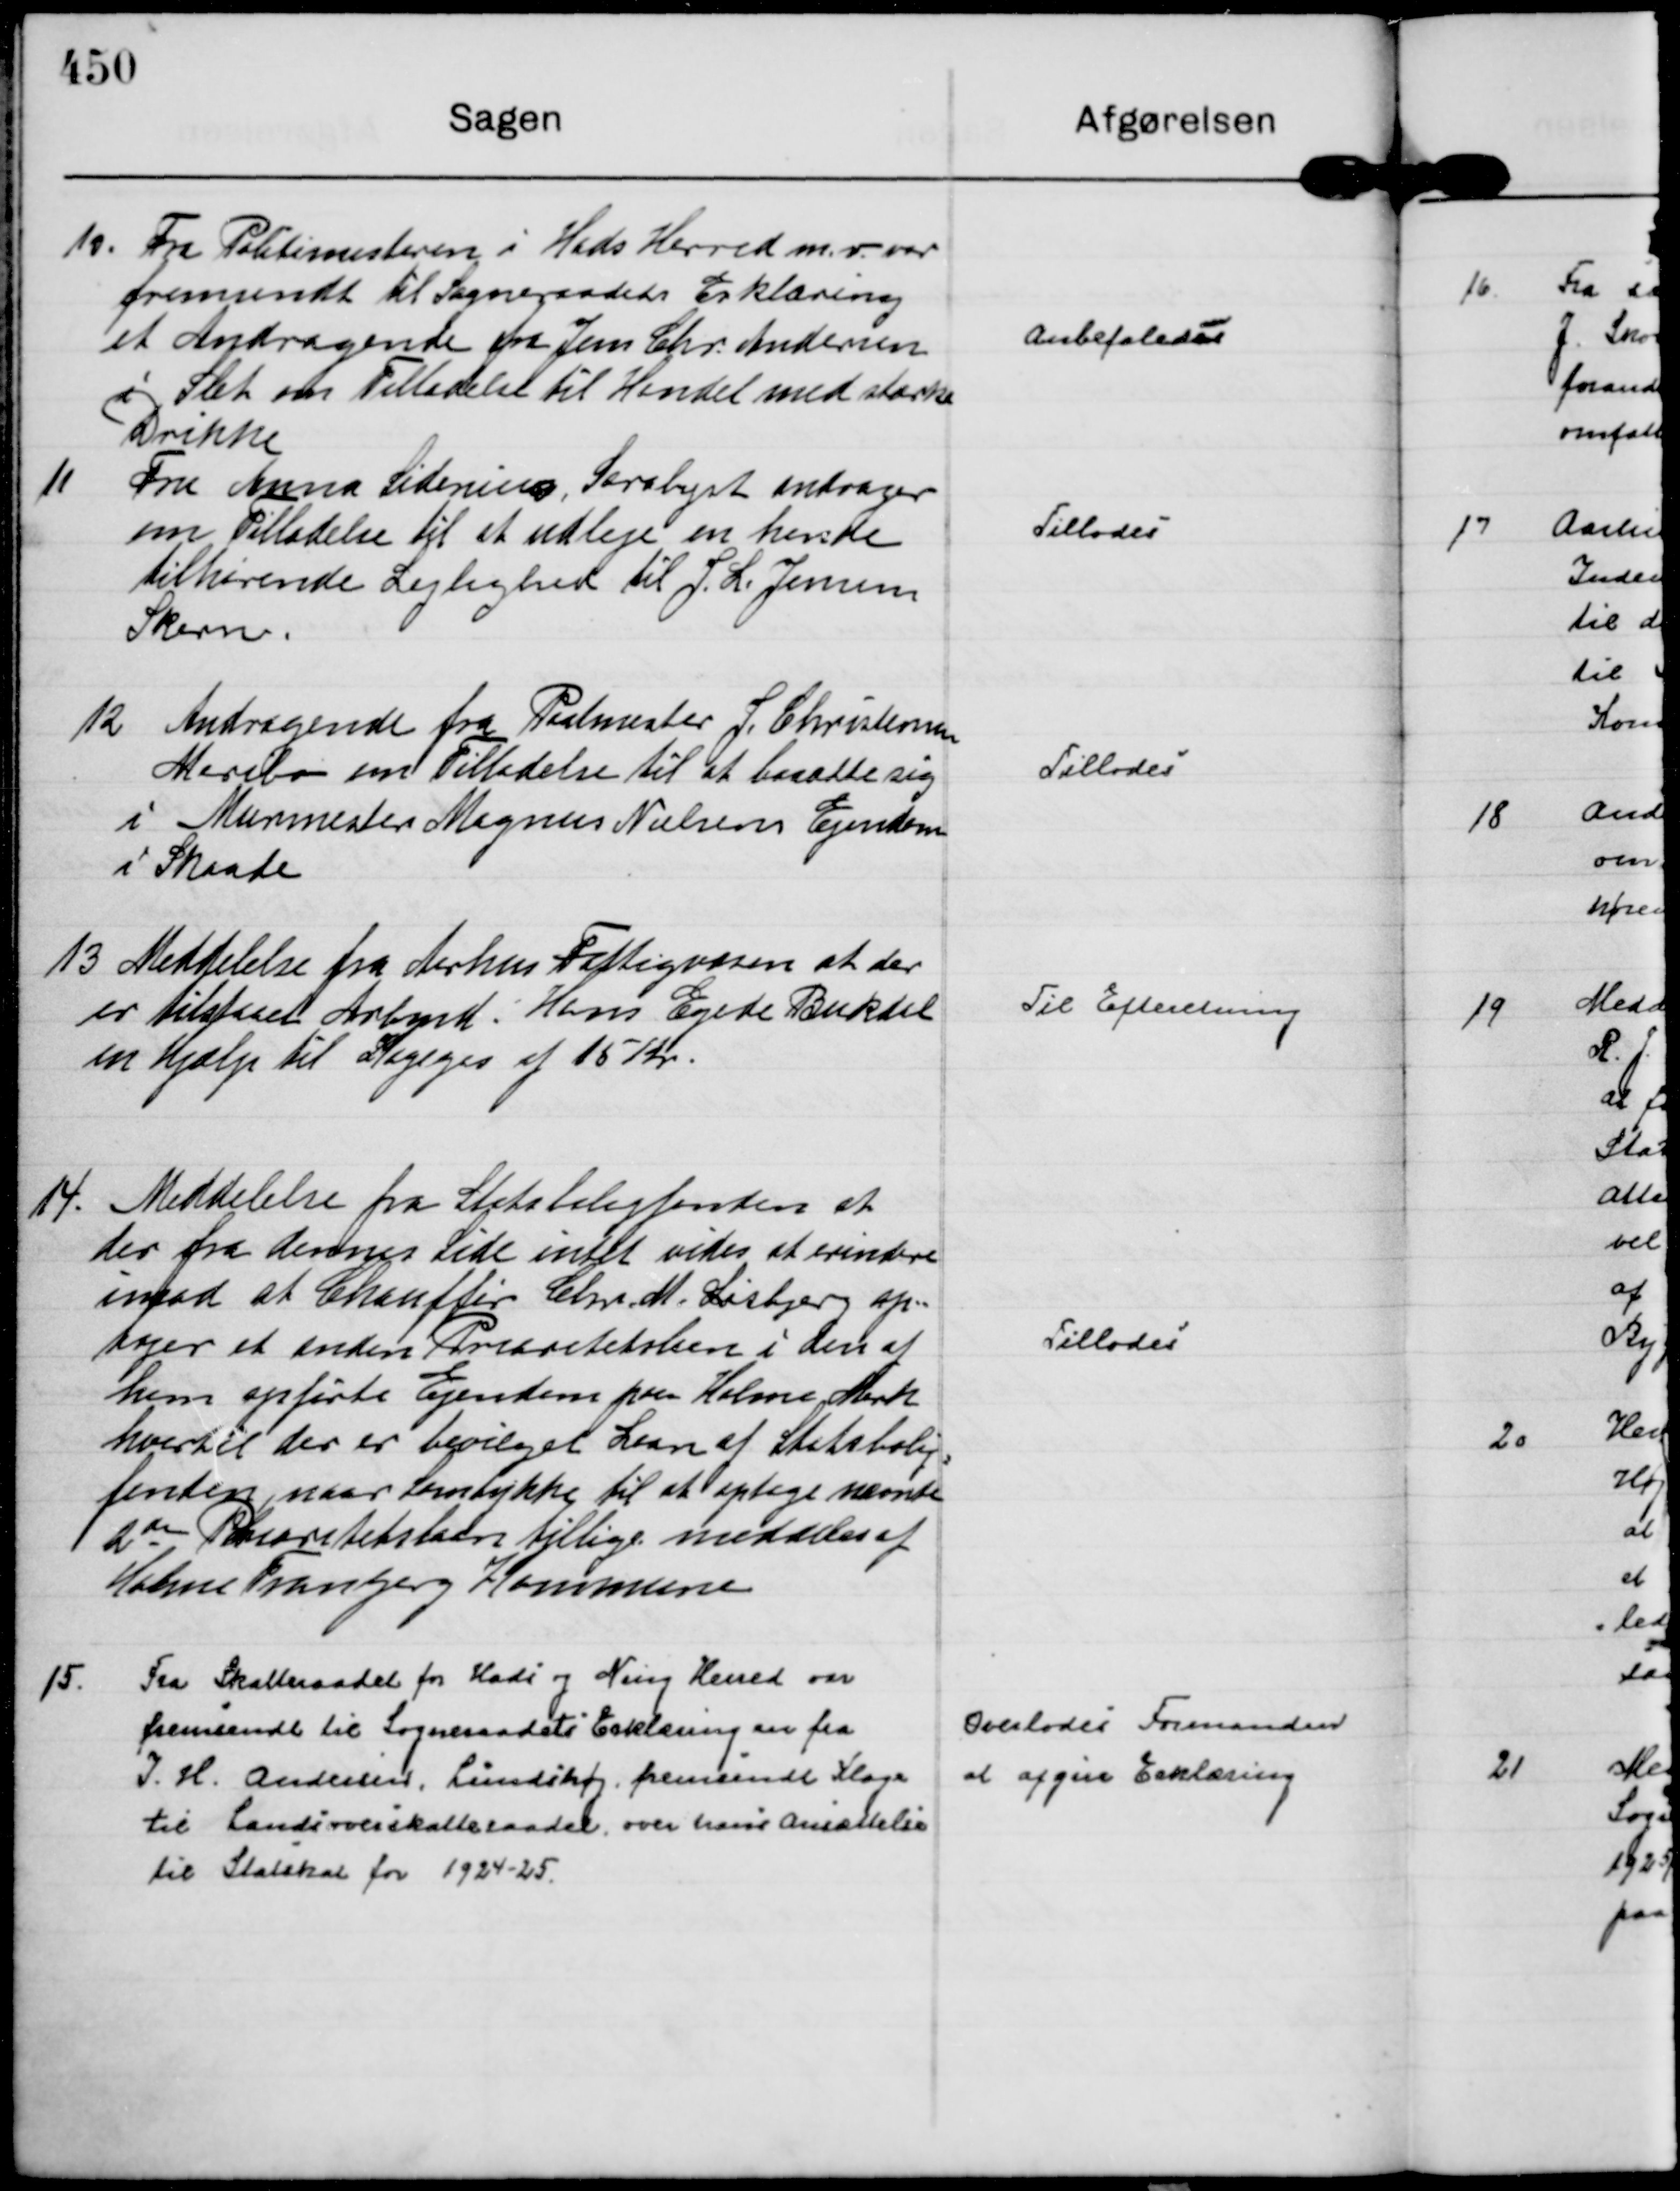
Transskription:
10.
Fra Politimesteren i Hads Herred m. v. var
fremsendt til Sogneraadets Erklæring
et Andragende fra Jens Chr. Andersen
i Slet om Tilladelse til Handel med stærke
Drikke

Anbefaledes

11
Fru Anna Sidenius, Saralyst andrager
om Tilladelse til at udleje en hende
tilhørende Lejlighed til J. L. Jensen
Skern.

Tillodes

12
Andragende fra Postmester J. Christensen
Maribo om Tilladelse til at bosætte sig
i Murmester Magnus Nielsens Ejendom
i Skaade

Tillodes

13
Meddelelse fra Aarhus Fattigvæsen at der
er tilstaaet Arbmd. Hans Egede Bukdal
en hjælp til Kogegas af 15 Kr.

Til Efteretning

14.
Meddelelse fra Statsboligfonden at
der fra dennes Side intet vides at erindre
imod at Chauffør Chr. M. Lisbjerg op-
tager et anden Prioritetslaan i den af
ham opførte Ejendom paa Holme Mark
hvortil der er bevilget Laan af Statsbolig=
fonden, naar Samtykke til at optage nævnte
2 den Prioritetslaan tillige meddeles af
Holme Tranbjerg Kommune

Tillodes

15.
Fra Skatteraadet for Hads og Ning Herred var
fremsendt til Sogneraadets Erklæring en fra
I. H. Andersen, Lundshøj, fremsendt Klage 
til Landsoverskatteraadet, over hans Ansættelse
til Statskat for 1924-25.

Overlodes Formanden
at afgive Erklæring